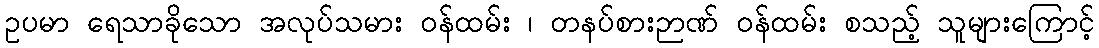
ဥပမာ ရေသာခိုသော အလုပ်သမား ဝန်ထမ်း ၊ တနပ်စားဉာဏ် ဝန်ထမ်း စသည့် သူများကြောင့်